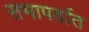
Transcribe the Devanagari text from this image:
सभापर्वात